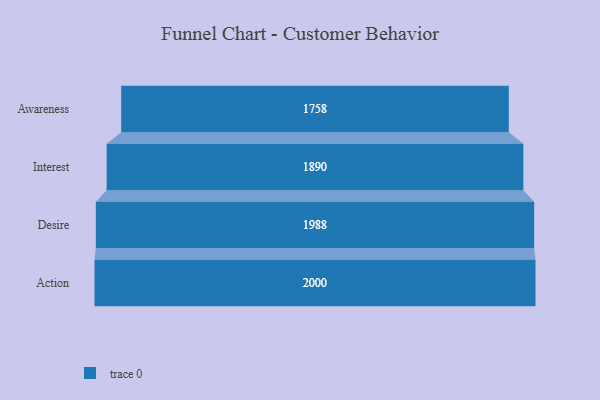
{"axis": {"x": "Stage", "y": "Value"}, "legend": [""], "data": [{"x": "Awareness", "y": 1758.0, "type": ""}, {"x": "Interest", "y": 1890.0, "type": ""}, {"x": "Desire", "y": 1988.0, "type": ""}, {"x": "Action", "y": 2000, "type": ""}]}